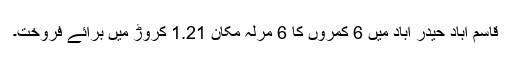
قاسم آباد حیدر آباد میں 6 کمروں کا 6 مرلہ مکان 1.21 کروڑ میں برائے فروخت۔